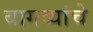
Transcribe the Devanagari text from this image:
बागव्यांचे